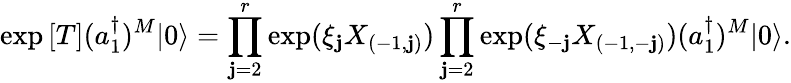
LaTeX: \exp{[T]}(a_{1}^{\dagger})^{M}|0\rangle=\prod_{\mathbf{j}=2}^{r}\exp(\xi_{\mathbf{j}}X_{(-1,\mathbf{j})})\prod_{\mathbf{j}=2}^{r}\exp(\xi_{-\mathbf{j}}X_{(-1,-\mathbf{j})})(a_{1}^{\dagger})^{M}|0\rangle.